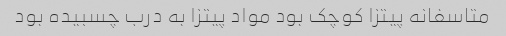
متاسفانه پیتزا کوچک بود مواد پیتزا به درب چسبیده بود